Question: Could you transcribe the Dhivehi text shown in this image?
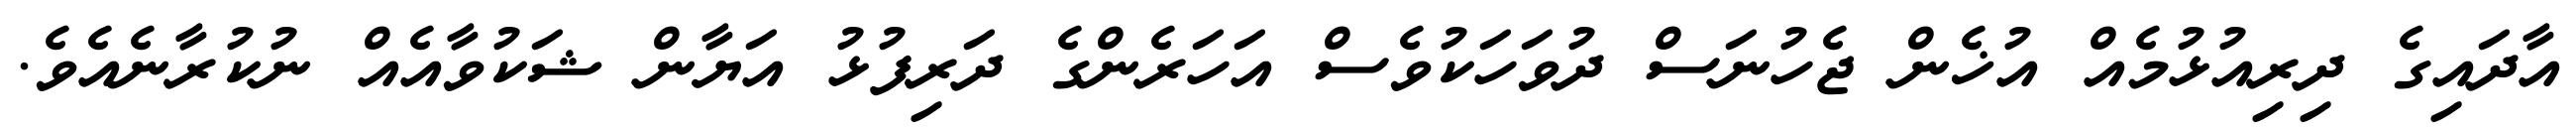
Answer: އާދައިގެ ދިރިއުޅުމެއް އުޚެން ޖެހުނަސް ދުވަހަކުވެސް އަހަރެންގެ ދަރިފުޅު އަޔާން ޝަކުވާއެއް ނުކުރާނެއެވެ.